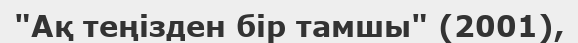
"Ақ теңізден бір тамшы" (2001),